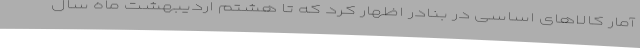
آمار کالاهای اساسی در بنادر اظهار کرد که تا هشتم اردیبهشت ماه سال